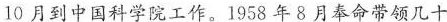
10月到中国科学院工作。1958年8月奉命带领几十个